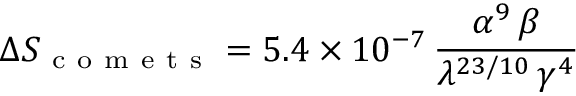
\Delta S _ { \mathrm { ~ c ~ o ~ m ~ e ~ t ~ s ~ } } = 5 . 4 \times 1 0 ^ { - 7 } \, \frac { \alpha ^ { 9 } \, \beta } { \lambda ^ { 2 3 / 1 0 } \, \gamma ^ { 4 } }